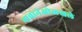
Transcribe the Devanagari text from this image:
नावानेओळखले